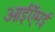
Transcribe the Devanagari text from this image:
आईऍमई